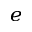
^ { e }